Lunatic asylums Central Provinces reports 1874-1885 - 1874-1885
Year: 1874
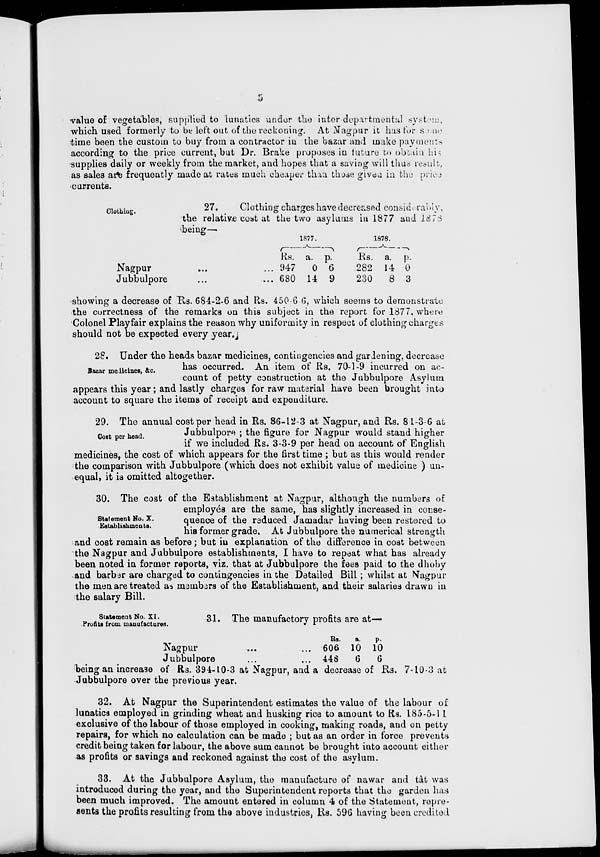
5
value of vegetables, supplied to lunatics under the inter-departmental system,
which used formerly to be left out of the reckoning. At Nagpur it has for some
time been the custom to buy from a contractor in the bazar and make payments
according to the price current, but Dr. Brake proposes in future to obtain his
supplies daily or weekly from the market, and hopes that a saving will thus result,
as sales are frequently made at rates much cheaper than those given in the price
currents.
Clothing.
27.
Clothing charges have decreased considierably,
the relative cost at the two asylums in 1877 and 1878
being—
Nagpur
...
...
Jubbulpore ... ...
1877.
Rs.
947
680
a.
0
14
p.
6
9
1878.
Rs.
282
230
a.
14
8
p.
0
3
showing a decrease of Rs. 684-2-6 and Rs. 450-6 6, which seems to demonstrate
the correctness of the remarks on this subject in the report for 1877, where
Colonel Playfair explains the reason why uniformity in respect of clothing charges
should not be expected every year.
Bazar medicines, &c.
28. Under the heads bazar medicines, contingencies and gardening, decrease
has occurred. An item of Rs. 70-1-9 incurred on ac-
count of petty construction at the Jubbulpore Asylum
appears this year; and lastly charges for raw material have been brought into
account to square the items of receipt and expenditure.
Cost per head.
29. The annual cost per head in Rs. 86-12-3 at Nagpur, and Rs. 8 1-3-6 at
Jubbulpore ; the figure for Nagpur would stand higher
if we included Rs. 3-3-9 per head on account of English
medicines, the cost of which appears for the first time ; but as this would render
the comparison with Jubbulpore (which does not exhibit value of medicine ) un-
equal, it is omitted altogether.
Statement No. X.
Establishments.
30. The cost of the Establishment at Nagpur, although the numbers of
employéd are the same, has slightly increased in conse-
quence of the reduced Jamadar having been restored to
his former grade. At Jubbulpore the numerical strength
and cost remain as before; but in explanation of the difference in cost between
the Nagpur and Jubbulpore establishments, I have to repeat what has already
been noted in former reports, viz. that at Jubbulpore the fees paid to the dhoby
and barbar are charged to contingencies in the Detailed Bill; whilst at Nagpur
the men are treated as members of the Establishment, and their salaries drawn in
the salary Bill.
Statement No. XI.
Profits from manufactures.
31. The manufactory profits are at—
Nagpur
...
...
Jubbulpore ... ...
Rs.
606
448
a.
10
6
p.
10
6
being an increase of Rs. 394-10-3 at Nagpur, and a decrease of Rs. 7-10-3 at
Jubbulpore over the previous year.
32. At Nagpur the Superintendent estimates the value of the labour of
lunatics employed in grinding wheat and husking rice to amount to Rs. 185-5-11
exclusive of the labour of those employed in cooking, making roads, and on petty
repairs, for which no calculation can be made ; but as an order in force prevents
credit being taken for labour, the above sum cannot be brought into account either
as profits or savings and reckoned against the cost of the asylum.
33. At the Jubbulpore Asylum, the manufacture of nawar and tât was
introduced during the year, and the Superintendent reports that the garden has
been much improved. The amount entered in column 4 of the Statement, repre-
sents the profits resulting from the above industries, Rs. 596 having been credited